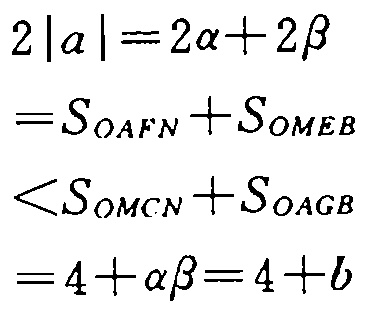
\[
\begin{align*}
2|a|&=2\alpha + 2\beta\\
&=S_{OAFN}+S_{OMEB}\\
&<S_{OMCN}+S_{OAGB}\\
&=4+\alpha\beta = 4 + b
\end{align*}
\]